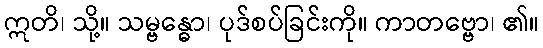
ဣတိ၊ သို့။ သမ္ဗန္ဓော၊ ပုဒ်စပ်ခြင်းကို။ ကာတဗ္ဗော၊ ၏။